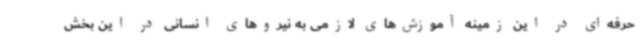
حرفه‌ای در این زمینه آموزش‌های لازمی به نیروهای انسانی در این بخش